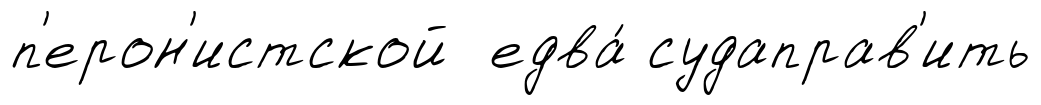
п'ерон'истской едва́ судаправ'ить